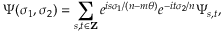
\Psi ( \sigma _ { 1 } , \sigma _ { 2 } ) = \sum _ { s , t \in { \bf Z } } e ^ { i s \sigma _ { 1 } / ( n - m \theta ) } e ^ { - i t \sigma _ { 2 } / n } \Psi _ { s , t } ,